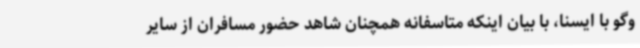
وگو با ایسنا، با بیان اینکه متاسفانه همچنان شاهد حضور مسافران از سایر